画像に写った文字を読んでください
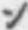
「ン」と書いてあります